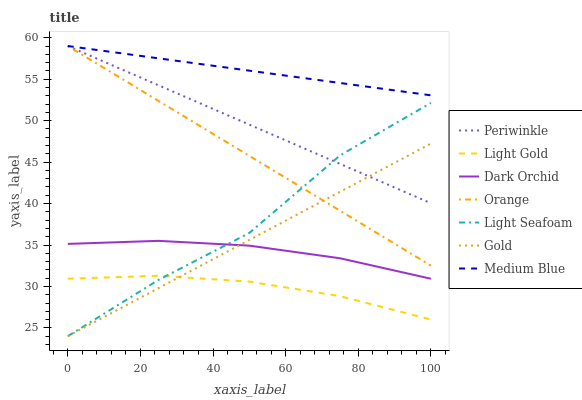
| xaxis_label | Periwinkle | Light Gold | Dark Orchid | Orange | Light Seafoam | Gold | Medium Blue |
 | --- | --- | --- | --- | --- | --- | --- | --- |
 | 0 | 59 | 30.9 | 35.1 | 59 | 24 | 24 | 59 |
 | 25 | 54.3 | 31.3 | 35.5 | 52.4 | 30.8 | 29.8 | 57.5 |
 | 50 | 49.5 | 30.6 | 34.9 | 45.8 | 36.5 | 35.6 | 56 |
 | 75 | 44.8 | 28.8 | 33.4 | 39.1 | 45.8 | 41.4 | 54.5 |
 | 100 | 40 | 26 | 30.9 | 32.5 | 52.1 | 47.2 | 53.1 |